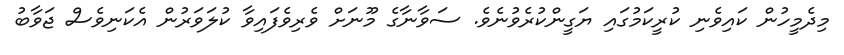
މިދެމީހުން ކައިވެނި ކުރީކަމުގައި ޔަގީންކުރެވުނެވެ. ސަވާނާގެ މޫނަށް ވެރިވެފައިވާ ކުލަވަރުން އެކަނިވެސް ޖަވާބު